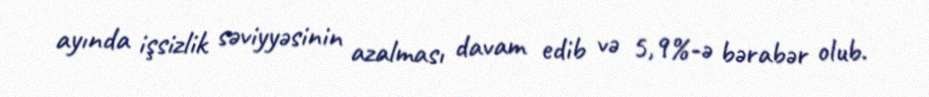
ayında işsizlik səviyyəsinin azalması davam edib və 5,9%-ə bərabər olub.